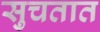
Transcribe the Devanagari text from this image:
सुचतात